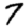
Digit: 7